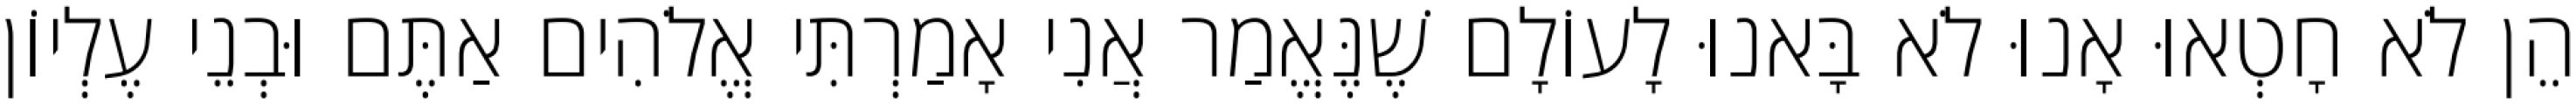
הֵן לֹא חָטְאוּ אָנוּ לֹא בָּאנוּ לָעוֹלָם שֶׁנֶּאֱמַר אֲנִי אָמַרְתִּי אֱלֹהִים אַתֶּם וּבְנֵי עֶלְיוֹן